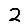
Digit: 2